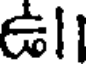
ఉl